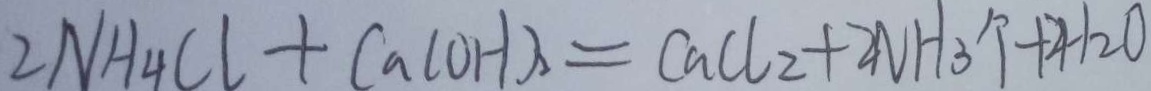
2 N H _ { 4 } C l + C a ( O H ) _ { 2 } = C a C l _ { 2 } + 2 N H _ { 3 } \uparrow + 2 H _ { 2 } O